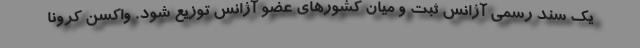
یک سند رسمی آژانس ثبت و میان کشورهای عضو آژانس توزیع شود. واکسن کرونا